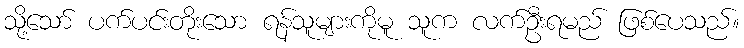
သို့သော် ပက်ပင်းတိုးသော ရန်သူများကိုမူ သူက လက်ဦးရမည် ဖြစ်ပေသည်။